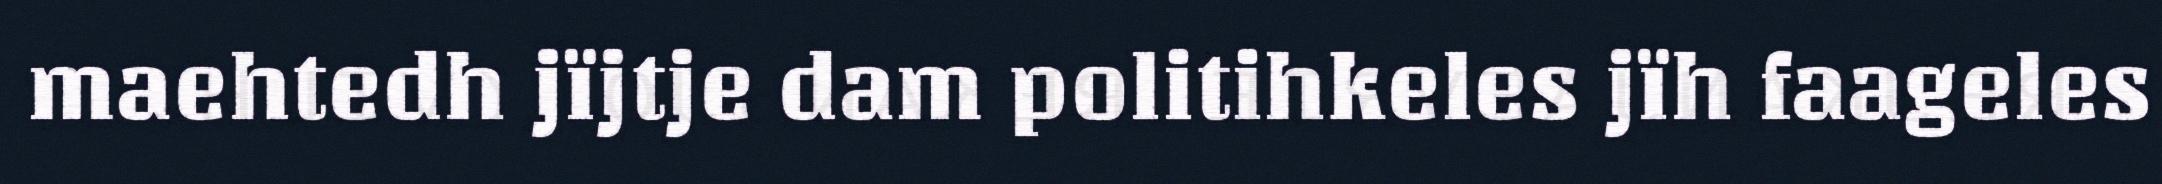
maehtedh jïjtje dam politihkeles jïh faageles